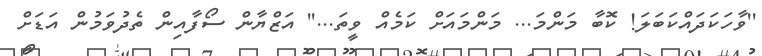
''ވާހަކަދައްކަބަލަ! ކޮބާ މަންމަ... މަންމައަށް ކަމެއް ވީތަ...'' އަޒްޔާން ސޯފާއިން ތެދުވަމުން އަޑަށް